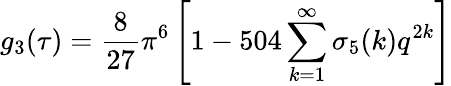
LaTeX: g_{3}(\tau)={\frac{8}{27}}\pi^{6}\left[1-504\sum_{k=1}^{\infty}\sigma_{5}(k)q^{2k}\right]